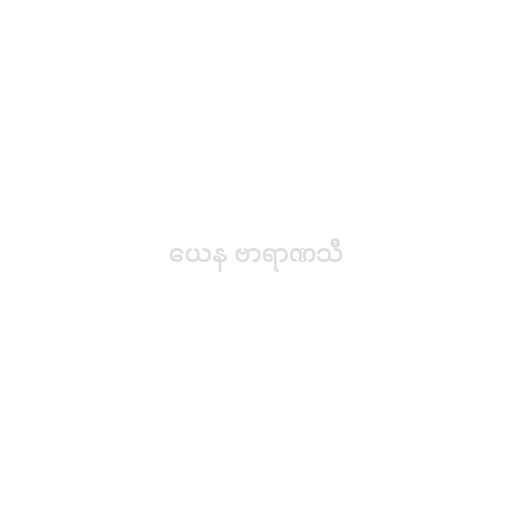
ယေန ဗာရာဏသီ